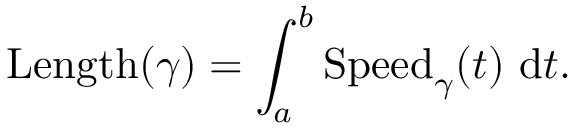
\operatorname { L e n g t h } ( \gamma ) = \int _ { a } ^ { b } { \operatorname { S p e e d } _ { \gamma } } ( t ) ~ \mathrm { d } { t } .